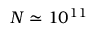
N \simeq 1 0 ^ { 1 1 }